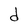
Character: d